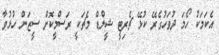
އެކަމަކު ހޯމަ ދުވަހުގެރޭ ކުޅޭ ޗެރިޓީ ޝީލްޑް މެޗަކީ ރަސްމީކޮށް ސީޒަން ހުޅުވާ